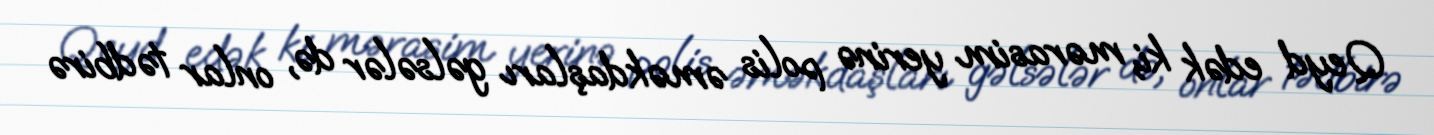
Qeyd edək ki, mərasim yerinə polis əməkdaşları gəlsələr də, onlar tədbirə